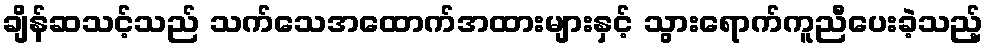
ချိန်ဆသင့်သည် သက်သေအထောက်အထားများနှင့် သွားရောက်ကူညီပေးခဲ့သည့်